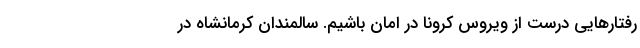
رفتارهایی درست از ویروس کرونا در امان باشیم. سالمندان کرمانشاه در